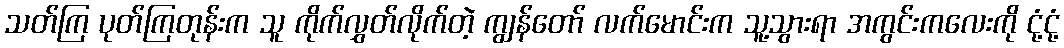
သတ်ကြ ပုတ်ကြတုန်းက သူ ကိုက်လွှတ်လိုက်တဲ့ ကျွန်တော် လက်မောင်းက သူ့သွားရာ အကွင်းကလေးကို ငုံ့ငုံ့